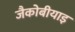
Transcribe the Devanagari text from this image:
जैकोबीयाइ